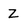
Character: Z